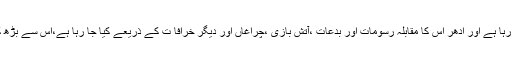
اِدھر آسمانی رحمتوں کا نزول ہو رہا ہے اور ادھر اس کا مقابلہ رسومات اور بدعات ،آتش بازی ،چراغاں اور دیگر خرافا ت کے ذریعے کیا جا رہا ہے،اس سے بڑھ کرتعجب کی بات اور کیا ہو گی ۔